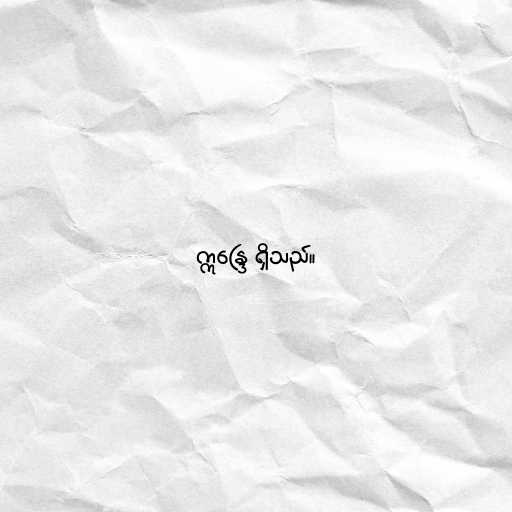
ဣန္ဒြေ ရှိသည်။